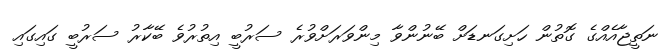
ނަތީޖާއެއްގެ ގޮތުން ހަށިގަނޑަށް ބޭނުންވާ މިންވަރަށްވުރެ ސަރުބީ އިތުރުވެ ބޭކާރު ސަރުބީ ގައިގައި